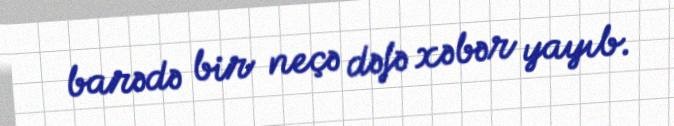
barədə bir neçə dəfə xəbər yayıb.